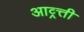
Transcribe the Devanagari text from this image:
आव्र्त्ती